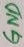
Text: GND